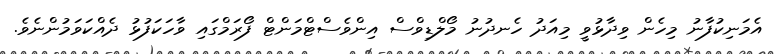
އެމަނިކުފާނު މިހެން ވިދާޅުވީ މިއަދު ހެނދުނު މޯލްޑިވްސް އިންވެސްޓްމަންޓް ފޯރަމްގައި ވާހަކަފުޅު ދެއްކަވަމުންނެވެ.